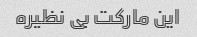
این مارکت بی نظیره